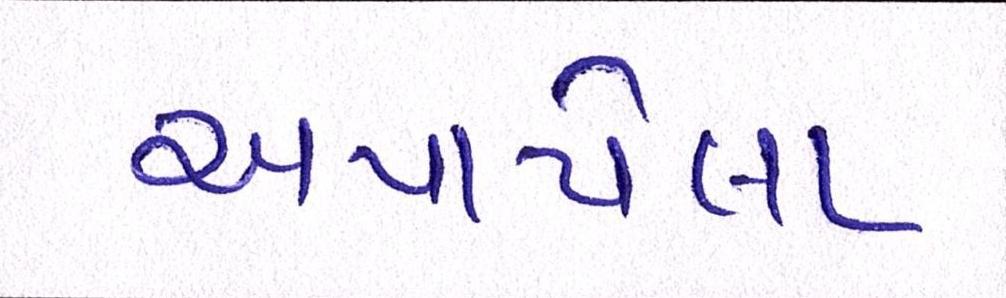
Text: અપાયેલા